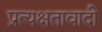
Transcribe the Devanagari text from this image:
प्रत्यक्षतावादी